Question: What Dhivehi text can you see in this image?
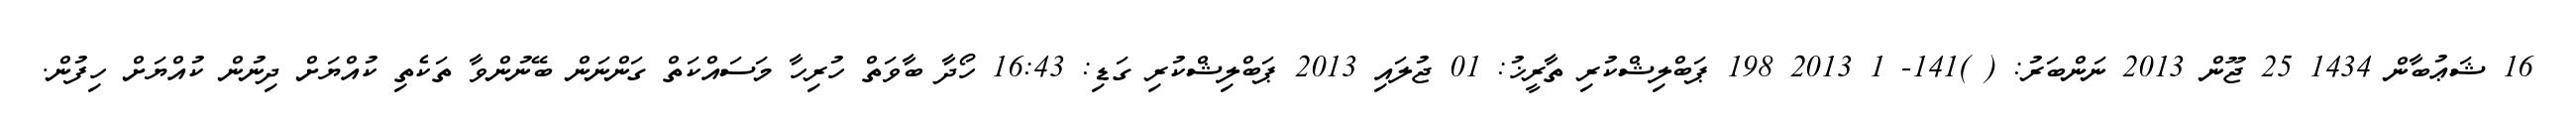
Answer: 16 ޝަޢުބާން 1434 25 ޖޫން 2013 ނަންބަރު: ( )141- 1 2013 198 ޕަބްލިޝްކުރި ތާރީޚު: 01 ޖުލައި 2013 ޕަބްލިޝްކުރި ގަޑި: 16:43 ހޯދާ ބާވަތް ހުރިހާ މަސައްކަތް ގަންނަން ބޭނުންވާ ތަކެތި ކުއްޔަށް ދިނުން ކުއްޔަށް ހިފުން.